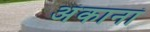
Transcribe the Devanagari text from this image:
अंकानां